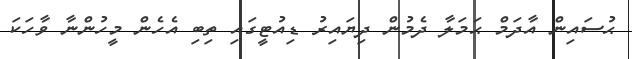
ޙުސައިން އާދަމް ޙަމަލާ ދެމުން ދިޔައިރު ޑިއުޓީގައި ތިބި އެހެން މީހުންނާ ވާހަކަ